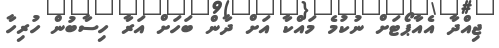
ޖިއްދާ އެއާޕޯޓަށް ނުކުމެ މައްކާ އަށް ދާން ބަހަށް އަރާ ހިސާބުން ހުރިހާ